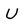
Character: U